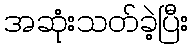
အဆုံးသတ်ခဲ့ပြီး